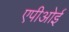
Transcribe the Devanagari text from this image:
एपीओई